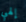
إلهي